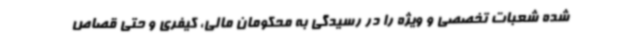
شده شعبات تخصصی و ویژه را در رسیدگی به محکومان مالی، کیفری و حتی قصاص